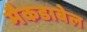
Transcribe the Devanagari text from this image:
मैकडाबेल